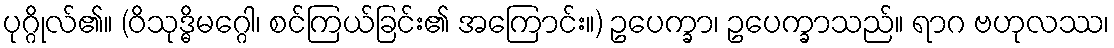
ပုဂ္ဂိုလ်၏။ (ဝိသုဒ္ဓိမဂ္ဂေါ၊ စင်ကြယ်ခြင်း၏ အကြောင်း။) ဥပေက္ခာ၊ ဥပေက္ခာသည်။ ရာဂ ဗဟုလဿ၊